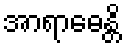
အာရာဓေန္တိ